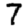
Digit: 7